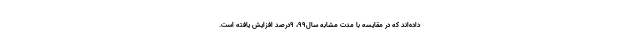
داده‌اند که در مقایسه با مدت مشابه سال۹۹، ۹درصد افزایش یافته است.